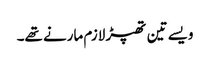
ویسے تین تھپڑ لازم مارنے تھے۔